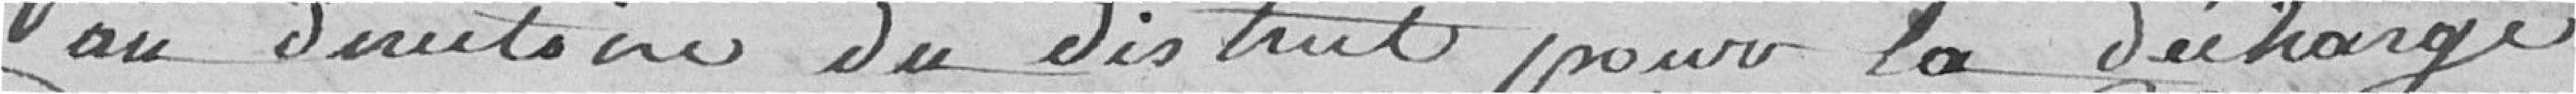
au directoire du district pour la décharge